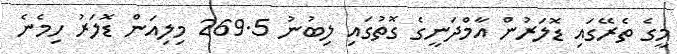
މީގެ ތެރޭގައި ޑޮލަރުން އާމްދަނީގެ ގޮތުގައި ލިބުނު 269.5 މިލިއަން ޑޮލަރު ހިމެނެ